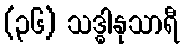
(၃၆) သဒ္ဓါနုသာရီ